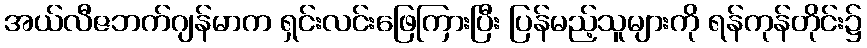
အယ်လီဇဘက်ဂျန်မာက ရှင်းလင်းဖြေကြားပြီး ပြန်မည့်သူများကို ရန်ကုန်တိုင်း၌